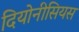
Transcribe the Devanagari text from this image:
दियोनीसियस